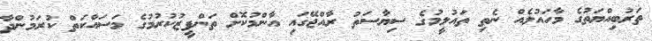
ތަރުބިއްޔަތުގެ މާހައުލެއް ނެތި ތައުލީމުގެ ސިޔާސަތު ރާއްޖޭގައި އާންމުކޮށް ތަންފީޒުކުރުމުގެ މަސައްކަތް ކުރަމުންދާ